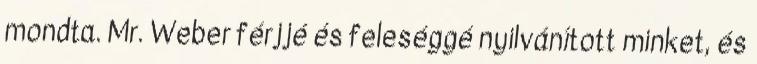
mondta. Mr. Weber férjjé és feleséggé nyilvánított minket, és